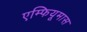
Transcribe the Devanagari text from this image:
एम्फियूमास